Report on the lunatic asylums under the Government of Bombay - 1904-1913
Year: 1904
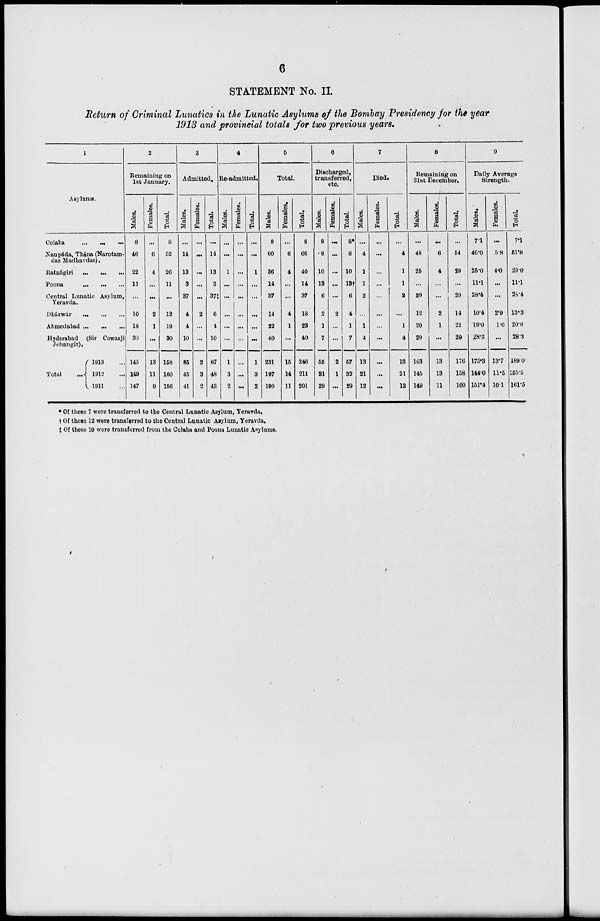
6
STATEMENT No. II.
Return of Criminal Lunatics in the Lunatic Asylums of the Bombay Presidency for the year
1913 and provincial totals for two previous years.
1
Asylums.
Colaba
...
...
...
Naupáda, Thána (Narotam-
das Madhavdas).
Ratnágiri
...
...
...
Poona
...
...
...
Central Lunatic Asylum,
Yeravda.
Dhárwár ... ... ...
Ahmedabad ... ... ...
Hyderabad (Sir Cowasji
Jehangir).
Total
...
1913 ...
1912 ...
1911 ...
2
Remaining on
1st January.
Males.
8
46
22
11
...
10
18
30
145
149
147
Females.
...
6
4
...
...
2
1
...
13
11
9
Total.
8
52
26
11
...
12
19
30
158
160
156
3
Admitted.
Males.
...
14
13
3
37
4
4
10
85
45
41
Females.
...
...
...
...
...
2
...
...
2
3
2
Total.
...
14
13
3
37‡
6
4
10
87
48
43
4
Re-admitted.
Males.
...
...
1
...
...
...
...
...
1
3
2
Females.
...
...
...
...
...
...
...
...
...
...
...
Total.
...
...
1
...
...
...
...
...
1
3
2
5
Total
Males.
8
60
36
14
37
14
22
40
231
197
190
Females.
...
6
4
...
...
4
1
...
15
14
11
Total.
8
66
40
14
37
18
23
40
246
211
201
6
Discharged,
transferred,
etc.
Males.
8
8
10
13
6
2
1
7
55
31
29
Females.
...
...
...
...
...
2
...
...
2
1
...
Total.
8*
8
10
13†
6
4
1
7
57
32
29
7
Died.
Males.
...
4
1
1
2
...
1
4
13
21
12
Females.
...
...
...
...
...
...
...
...
...
...
...
Total.
...
4
1
1
2
...
1
4
13
21
12
8
Remaining on
31st December.
Males.
...
48
25
...
29
12
20
29
163
145
149
Females.
...
6
4
...
...
2
1
...
13
13
11
Total.
...
54
29
...
29
14
21
29
176
158
160
9
Daily Average
Strength.
Males.
7.1
46.0
25.0
11.1
28.4
10.4
19.0
28.3
175.3
144.0
151.4
Females.
...
5.8
4.0
...
...
2.9
1.0
...
13.7
11.5
10.1
Total.
7.1
51.8
29.0
11.1
28.4
13.3
20.0
28.3
189.0
155.5
161.5
* Of these 7 were transferred to the Central Lunatic Asylum, Yeravda.
† Of these 12 were transferred to the Central Lunatic Asylum, Yeravda.
‡ Of these 19 were transferred from the Colaba and Poona Lunatic Asylums.